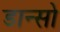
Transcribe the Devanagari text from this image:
डान्सो